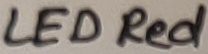
Text: LED Red